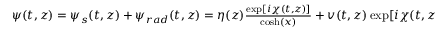
\begin{array} { r } { \psi ( t , z ) = \psi _ { s } ( t , z ) + \psi _ { r a d } ( t , z ) = \eta ( z ) \frac { \exp [ i \chi ( t , z ) ] } { \cosh ( x ) } + v ( t , z ) \exp [ i \chi ( t , z ) ] , } \end{array}